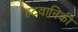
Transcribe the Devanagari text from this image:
हटवानिकी